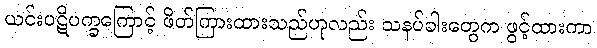
ယင်းပဋိပက္ခကြောင့် ဖိတ်ကြားထားသည်ဟုလည်း သနပ်ခါးတွေက ဖွင့်ထားကာ